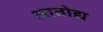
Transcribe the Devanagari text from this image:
आतोद्य